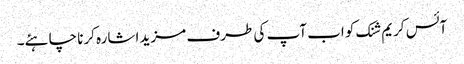
آئس کریم شنک کو اب آپ کی طرف مزید اشارہ کرنا چاہئے۔